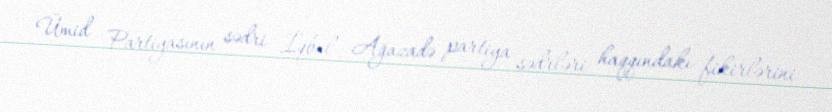
Ümid Partiyasının sədri İqbal Ağazadə partiya sədrləri haqqındakı fikirlərini